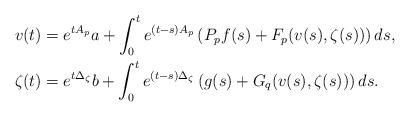
LaTeX: \begin{align*}v(t) &= e^{t A_p} a + \int_0^t e^{(t-s)A_p}\left(P_p f(s) + F_p(v(s),\zeta(s))\right) ds, \\\zeta(t) &= e^{t \Delta_{\zeta}} b + \int_0^t e^{(t-s)\Delta_{\zeta}}\left(g(s) + G_q(v(s),\zeta(s))\right) ds.\end{align*}